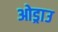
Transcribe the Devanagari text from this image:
ओड्राउ